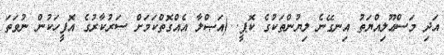
އަދި މަސްޢޫލިއްޔަތު އިނގޭނެ ލިޔުންތަކުގެ ކޮޕީ. (އަޞްލާ އެއްގޮތްކަމަށް ސަރުކާރުގެ އޮފީހަކުން ނުވަތަ